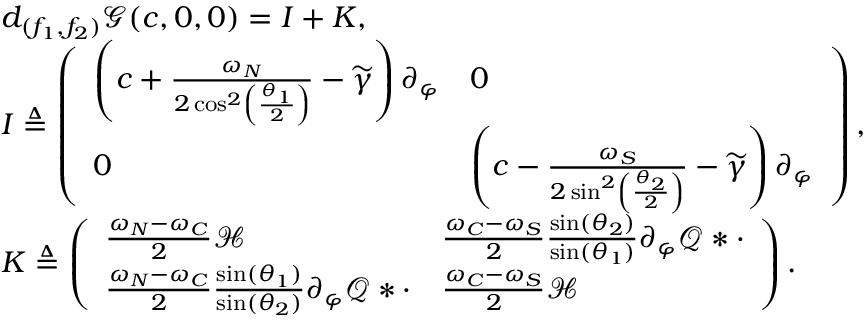
\begin{array} { r l } & { d _ { ( f _ { 1 } , f _ { 2 } ) } \mathscr { G } ( c , 0 , 0 ) = I + K , } \\ & { I \triangleq \left( \begin{array} { l l } { \left( c + \frac { \omega _ { N } } { 2 \cos ^ { 2 } \left( \frac { \theta _ { 1 } } { 2 } \right) } - \widetilde { \gamma } \right) \partial _ { \varphi } } & { 0 } \\ { 0 } & { \left( c - \frac { \omega _ { S } } { 2 \sin ^ { 2 } \left( \frac { \theta _ { 2 } } { 2 } \right) } - \widetilde { \gamma } \right) \partial _ { \varphi } } \end{array} \right) , } \\ & { K \triangleq \left( \begin{array} { l l } { \frac { \omega _ { N } - \omega _ { C } } { 2 } \mathcal { H } } & { \frac { \omega _ { C } - \omega _ { S } } { 2 } \frac { \sin ( \theta _ { 2 } ) } { \sin ( \theta _ { 1 } ) } \partial _ { \varphi } \mathcal { Q } \ast \cdot } \\ { \frac { \omega _ { N } - \omega _ { C } } { 2 } \frac { \sin ( \theta _ { 1 } ) } { \sin ( \theta _ { 2 } ) } \partial _ { \varphi } \mathcal { Q } \ast \cdot } & { \frac { \omega _ { C } - \omega _ { S } } { 2 } \mathcal { H } } \end{array} \right) . } \end{array}